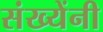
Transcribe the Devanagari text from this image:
संख्येंनी